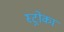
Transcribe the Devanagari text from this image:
स्ट्रोका